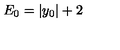
E _ { 0 } = \vert y _ { 0 } \vert + 2